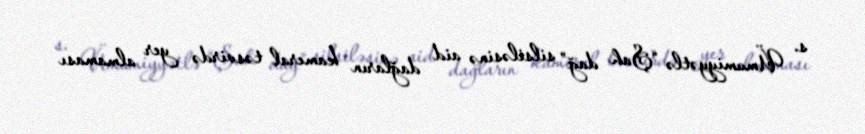
s. Ümumiyyətlə “Şah dağ” silsiləsinə aid dağların kameral təsvirdə yer almaması